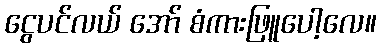
ငွေပင်လယ် အော် စံကားဖြူပေါ့လေ။